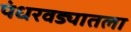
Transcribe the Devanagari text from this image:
पंधरवड्यातला